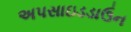
અપસાઇડડાઉન